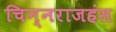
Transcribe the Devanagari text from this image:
चिन्नराजहंस